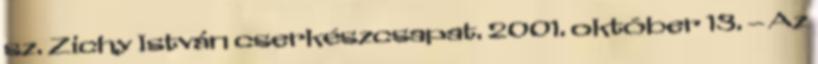
sz. Zichy István cserkészcsapat. 2001. október 13. – Az